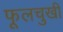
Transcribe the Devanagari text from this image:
फूलचुखी